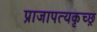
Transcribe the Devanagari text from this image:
प्राजापत्यकृच्छ्र